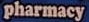
pharmacy